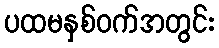
ပထမနှစ်ဝက်အတွင်း